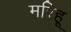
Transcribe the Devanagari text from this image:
मरिहू